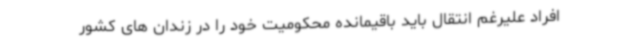
افراد علیرغم انتقال باید باقیمانده محکومیت خود را در زندان های کشور